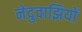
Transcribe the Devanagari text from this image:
नेदुवाझियों